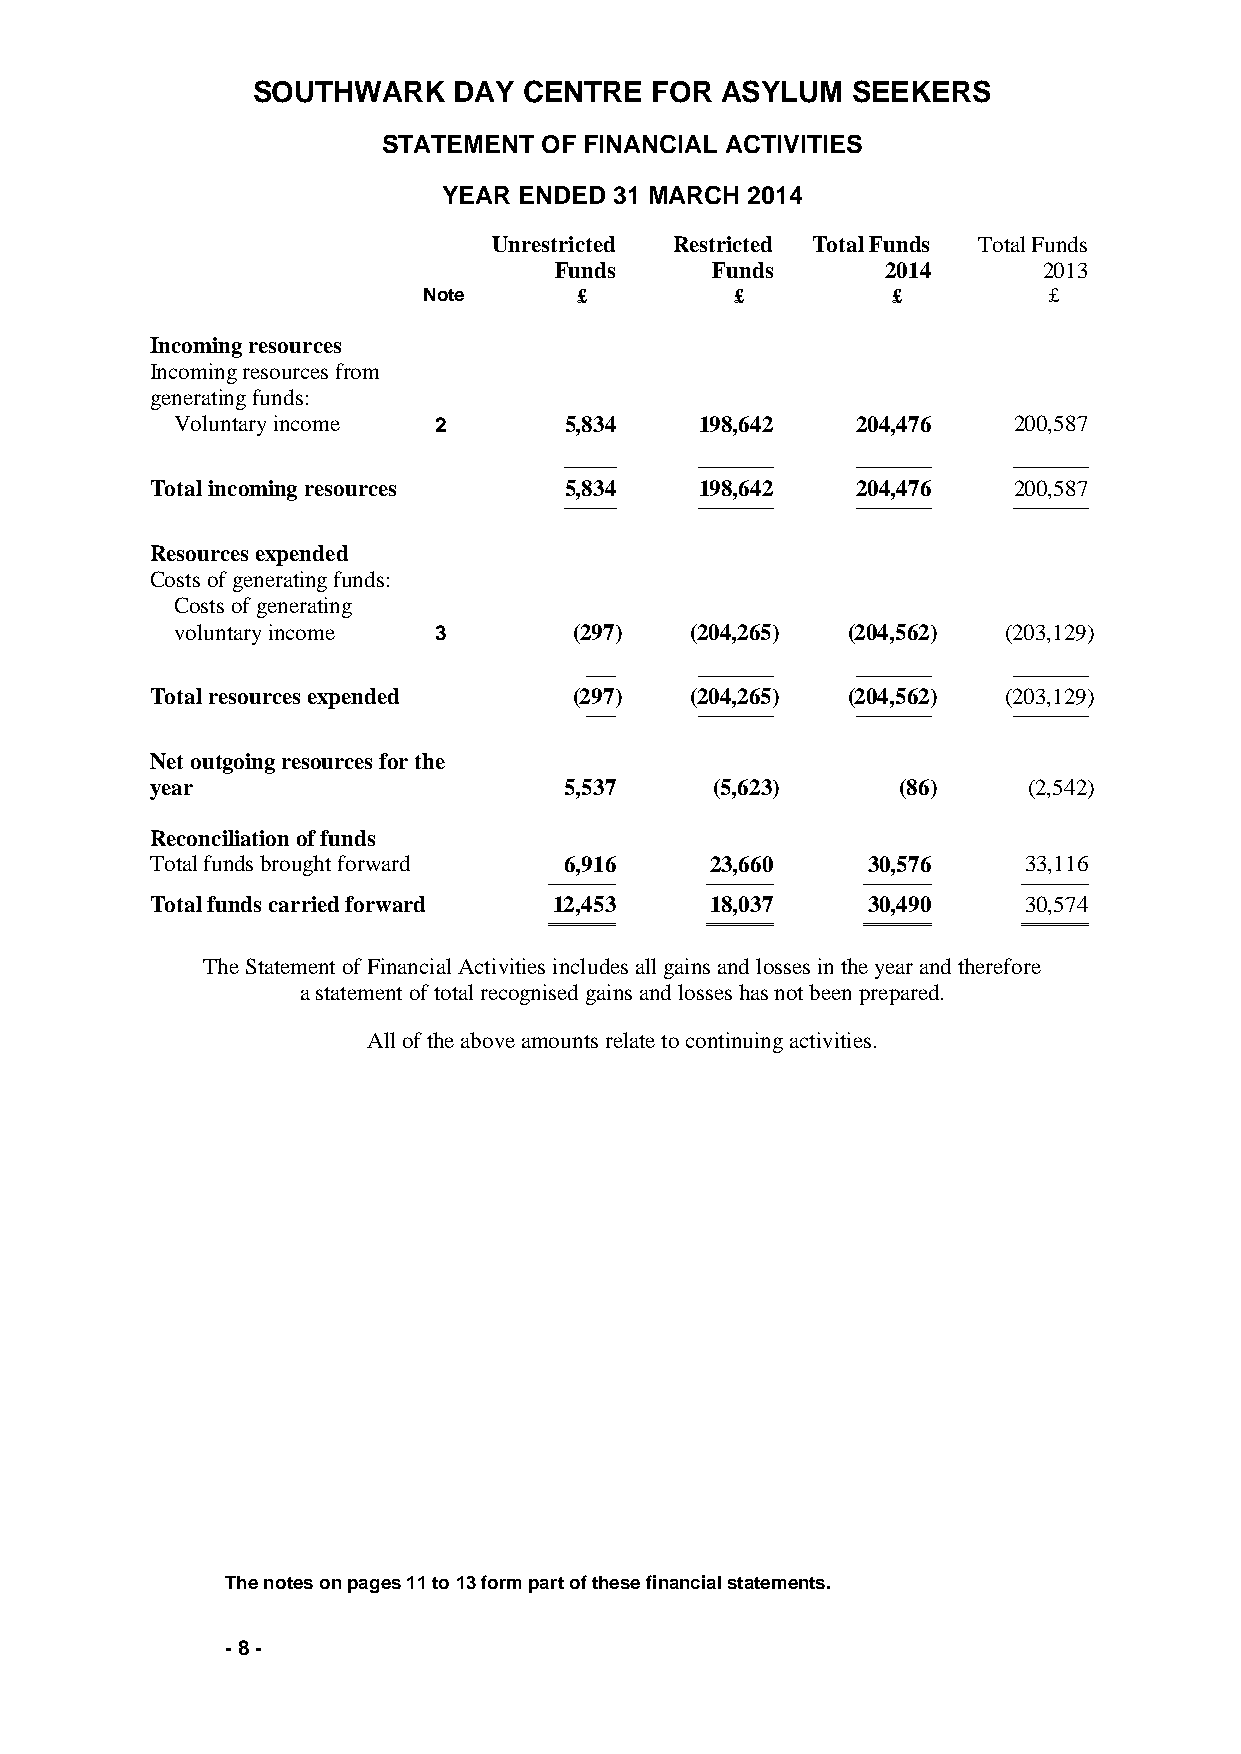
SOUTHWARK    DAY  CENTRE  FOR  ASYLUM  SEEKERS
 STATEMENT  OF FINANCIAL ACTIVITIES
 YEAR ENDED  31 MARCH 2014
 Unrestricted Restricted Total Funds Total Funds
 Funds     Funds       2014      2013
 Note      £          £         £         £
 Incoming resources
 Incoming resources from
 generating funds:
 Voluntary income 2       5,834    198,642    204,476   200,587
 ───────  ────────── ────────── ──────────
 Total incoming resources   5,834    198,642    204,476   200,587
 ───────  ────────── ────────── ──────────
 Resources expended
 Costs of generating funds:
 Costs of generating
 voluntary income 3        (297)   (204,265) (204,562)  (203,129)
 ────   ────────── ────────── ──────────
 Total resources expended    (297)   (204,265) (204,562)  (203,129)
 ────   ────────── ────────── ──────────
 Net outgoing resources for the
 year                       5,537     (5,623)      (86)    (2,542)
 Reconciliation of funds
 Total funds brought forward 6,916    23,660    30,576     33,116
 ─────────  ───────── ─────────  ─────────
 Total funds carried forward 12,453   18,037    30,490     30,574
 ═════════  ═════════ ═════════  ═════════
 The Statement of Financial Activities includes all gains and losses in the year and therefore
 a statement of total recognised gains and losses has not been prepared.
 All of the above amounts relate to continuing activities.
 The notes on pages 11 to 13 form part of these financial statements.
 - 8 -